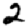
Digit: 2